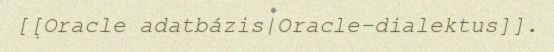
[[Oracle adatbázis|Oracle-dialektus]].